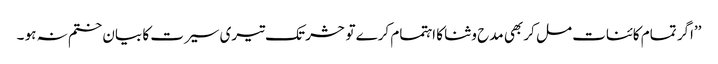
’’اگر تمام کائنات مل کر بھی مدح و ثنا کا اہتمام کرے تو حشر تک تیری سیرت کا بیان ختم نہ ہو ۔